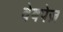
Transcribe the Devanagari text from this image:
वेबपेज़